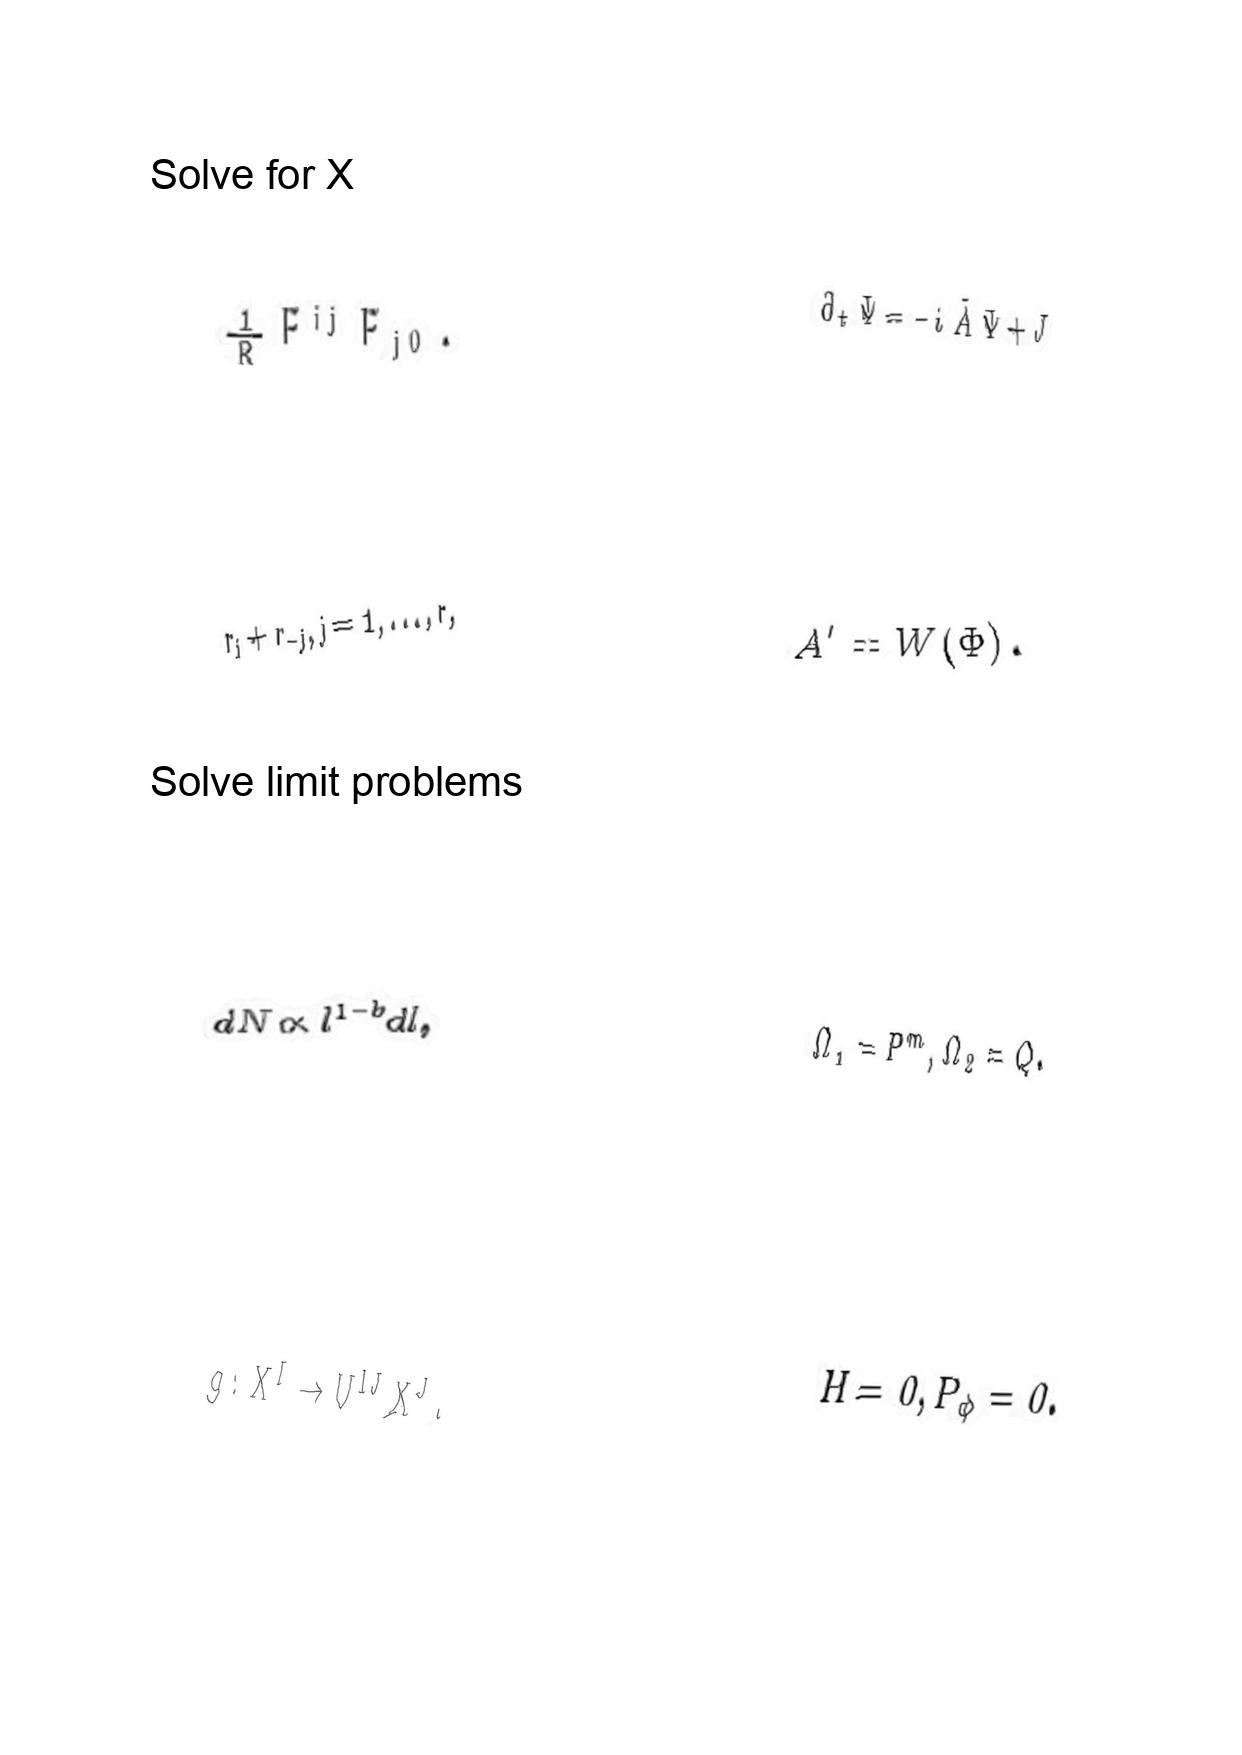
LaTeX transcription:
\frac { 1 } { R } F ^ { i j } F _ { j 0 } .
r _ { j } + r _ { - j } , j = 1 , \ldots , r ,
d N \propto l ^ { 1 - b } d l ,
g : X ^ { I } \rightarrow U ^ { I J } X ^ { J } .
\partial _ { t } \Psi = - i \tilde { A } \Psi + J
A ^ { \prime } = W \lparen \Phi \rparen .
\Omega _ { 1 } = P ^ { m } , \Omega _ { 2 } = Q .
H = 0 , P _ { \phi } = 0 .